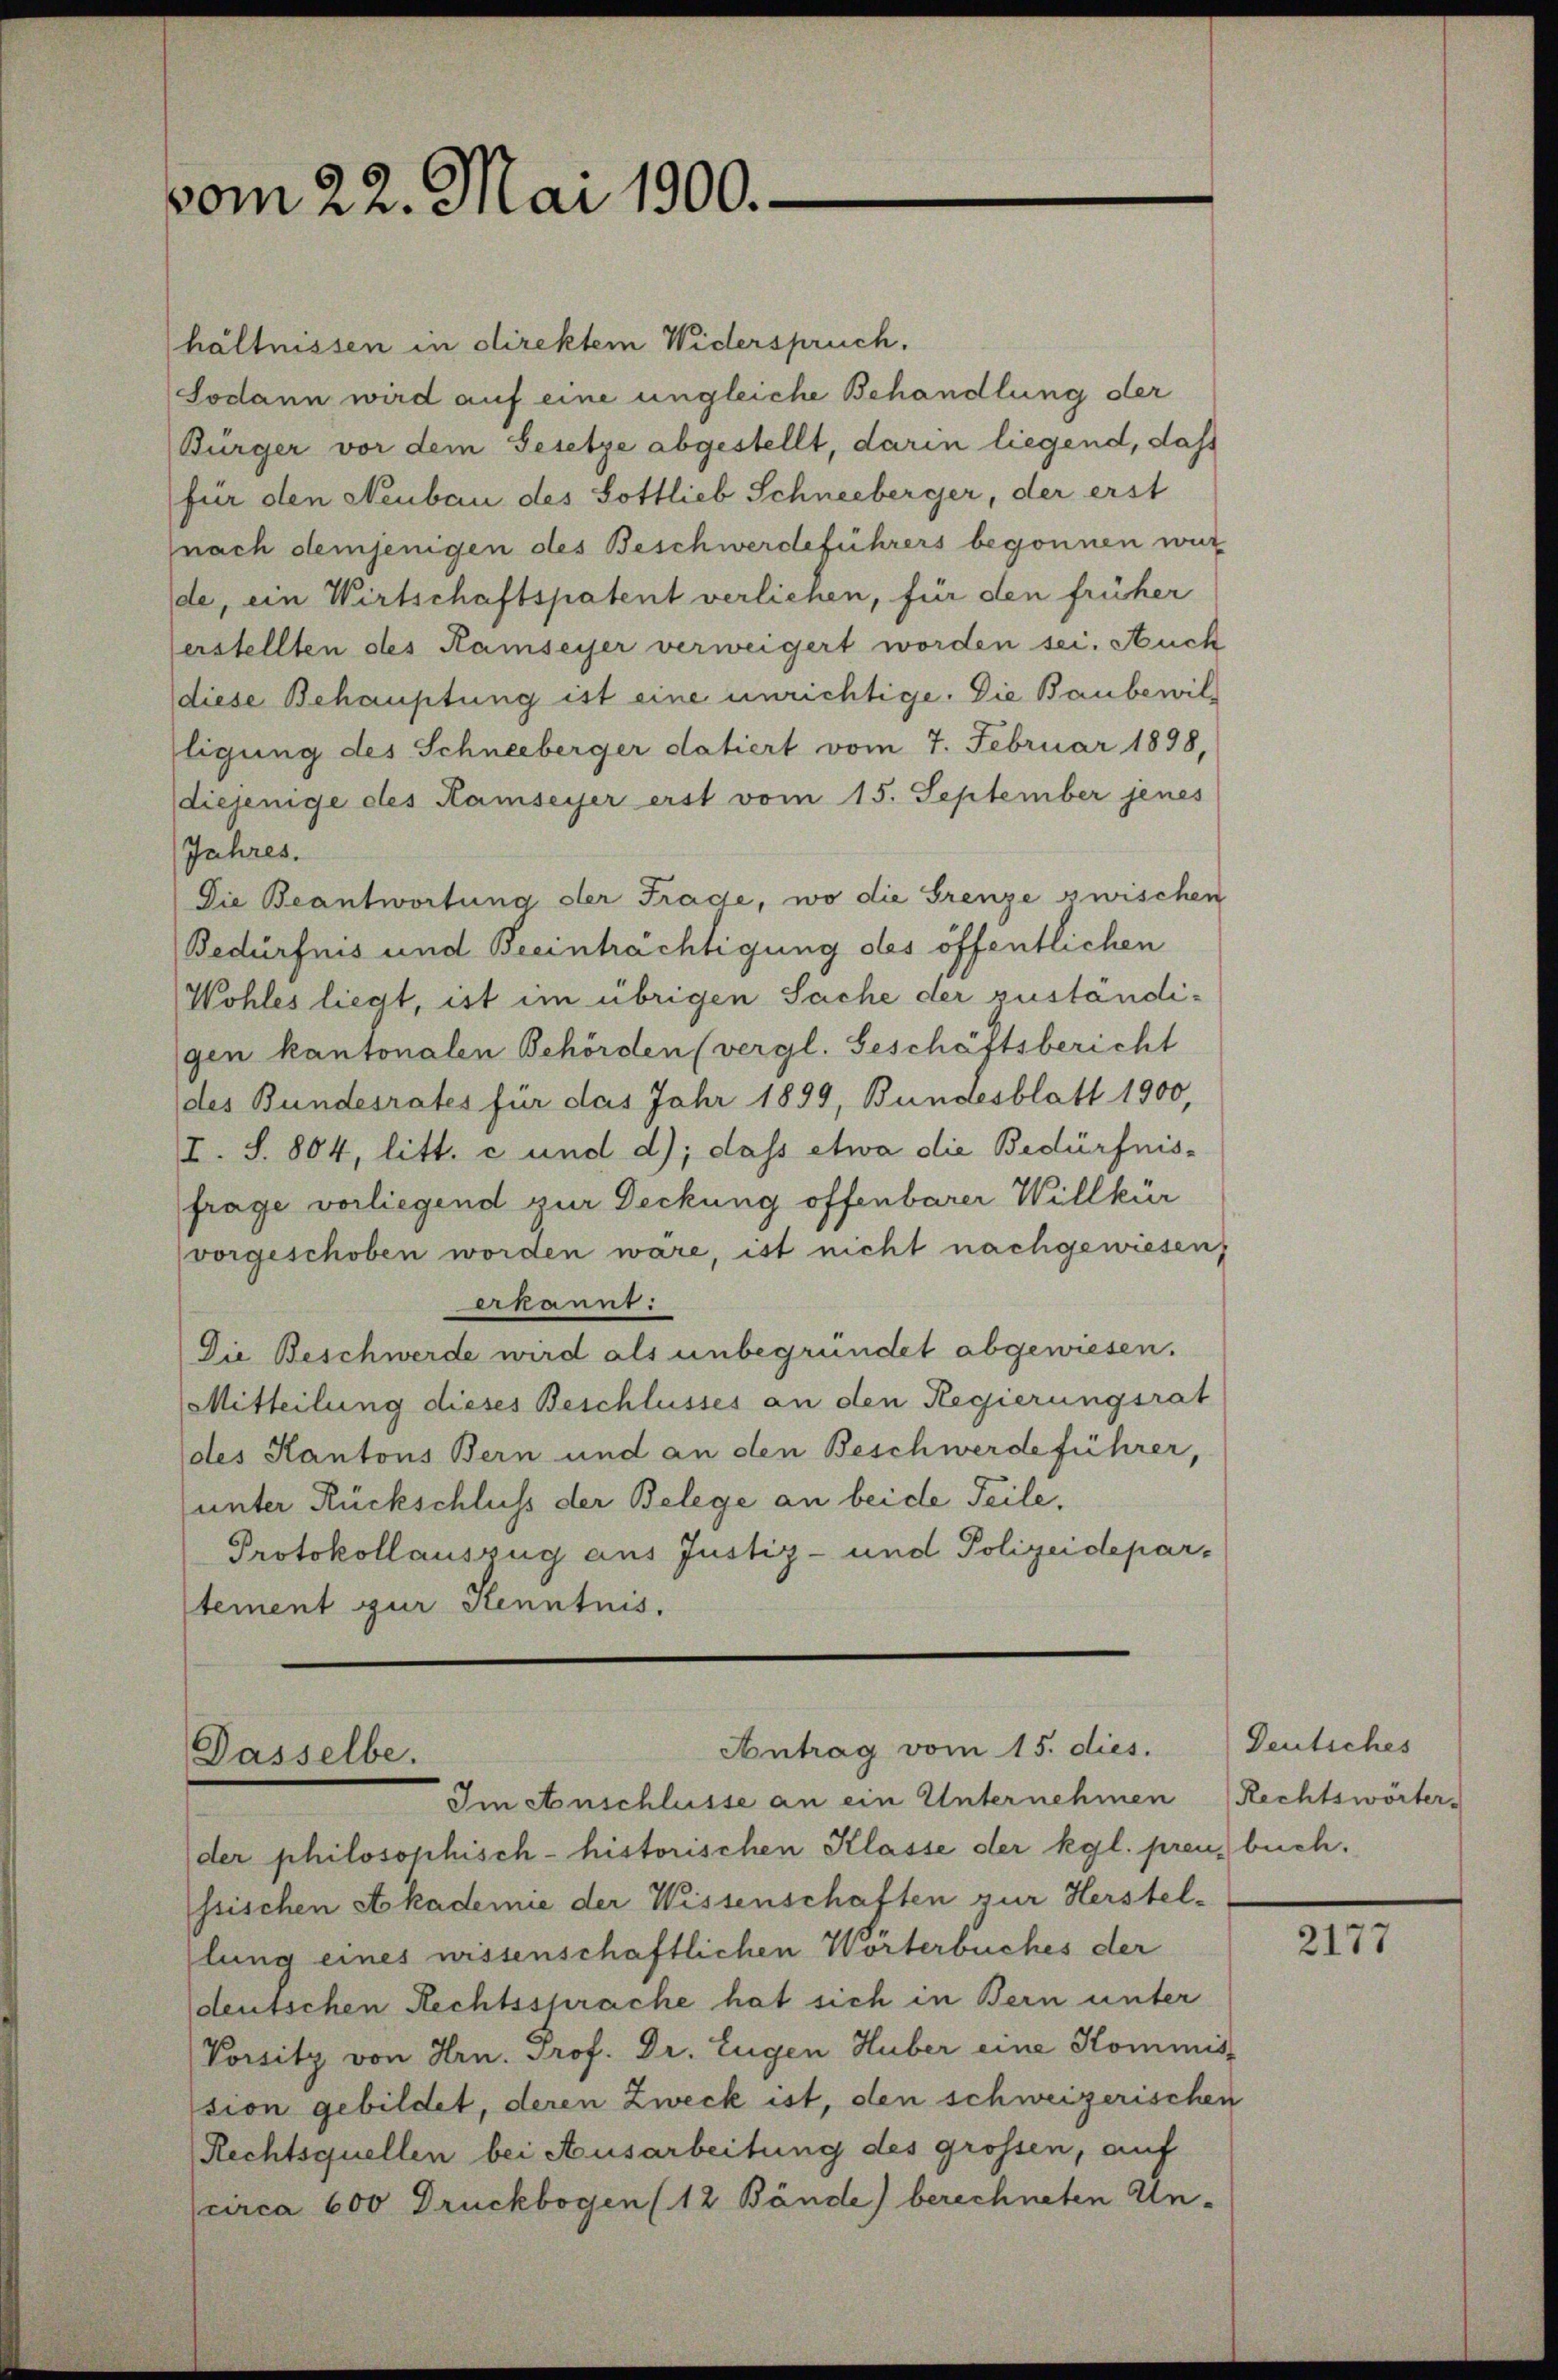
vom 22. Mai 1900.

hältnissen in direktem Widerspruch.
Sodann wird auf eine ungleiche Behandlung der
Bürger vor dem Gesetze abgestellt, darin liegend, daß
für den Neubau des Sottlieb Schneeberger, der erst
nach demjenigen des Beschwerdeführers begonnen wur
de, ein Wirtschaftspatent verliehen, für den früher
erstellten des Ramseyer verweigert worden sei. Auch
diese Behauptung ist eine unrichtige. Die Baubewilligung des Schneeberger datiert vom 7. Februar 1898,
diejenige des Kamseyer erst vom 15. September jenes
Jahres.
Die Beantwortung der Frage, wo die Grenze zwischen
Bedürfnis und Beeinträchtigung des öffentlichen
Wohles liegt, ist im übrigen Sache der zuständigen kantonalen Behörden (vergl. Geschäftsbericht
des Bundesrates für das Jahr 1899, Bundesblatt 1900,
I. S. 804, litt. c und d); dass etwa die Bedürfnis-
frage vorliegend zur Deckung offenbarer Willkür
vorgeschoben worden wäre, ist nicht nachgewiesen,
ekannt:
Die Beschwerde wird als unbegründet abgewiesen.
Mitteilung dieses Beschlusses an den Regierungsrat
des Kantons Bern und an den Beschwerdeführer,
unter Rückschluss der Belege an beide Teile.
Protokollauszug aus Justiz- und Polizeideparstement zur Kenntnis.

Dasselbe.

Antrag vom 15. dies.

Im Anschlüsse an ein Unternehmen
der philosophisch-historischen Klasse der kgl. preu, buch.
ssischen Akademie der Wissenschaften zur Herstel-
lung eines wissenschaftlichen Wörterbuches der
deutschen Rechtssprache hat sich in Bern unter
Vorsitz von Hrn. Prof. Dr. Eugen Huber eine Kommis
sion gebildet, deren Zweck ist, den schweizerischen
Rechtsquellen bei Ausarbeitung des grossen, auf
circa 600 Druckbogen (12 Bände) berechneten Un¬

Deutsches
Rechtswörter.

2177